Problem: 3 × 5 = ?
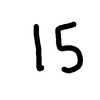
Handwritten answer: 15